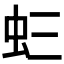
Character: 𧈵